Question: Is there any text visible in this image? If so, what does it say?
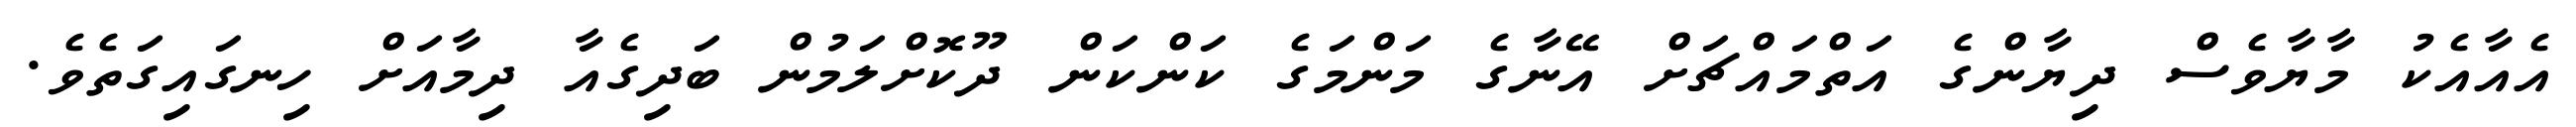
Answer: އެއާއެކު މާޔާވެސް ދިޔާންގެ އަތްމައްޗަށް އޭނާގެ މަންމަގެ ކަންކަން ދޫކޮށްލަމުން ބަދިގެއާ ދިމާއަށް ހިނގައިގަތެވެ.